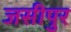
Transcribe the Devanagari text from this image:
जसीपुर